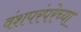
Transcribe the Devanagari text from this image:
वंशपरंपरेच्या